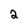
Character: 2